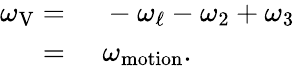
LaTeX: \begin{array}{rl}{\omega_{\mathrm{V}}=}&{{}\, \, -\omega_{\ell}-\omega_{2}+\omega_{3}}\\ {=}&{{}\, \, \omega_{\mathrm{motion}}.}\end{array}